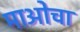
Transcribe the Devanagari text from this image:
माओचा